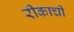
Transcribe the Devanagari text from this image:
रीकाची